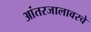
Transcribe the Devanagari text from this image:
आंतरजालावरचे